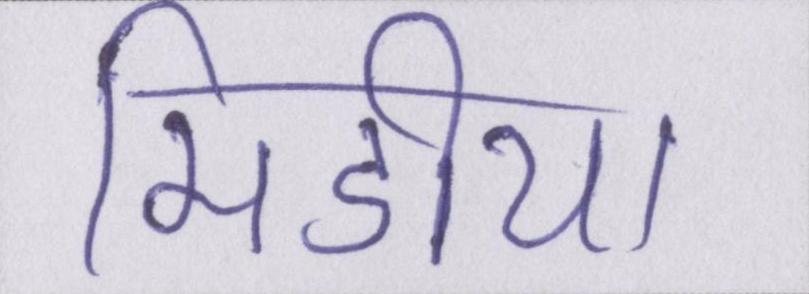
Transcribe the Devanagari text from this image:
मिडीया